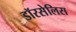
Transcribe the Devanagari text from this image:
डॉरसेलिस